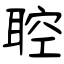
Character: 聜